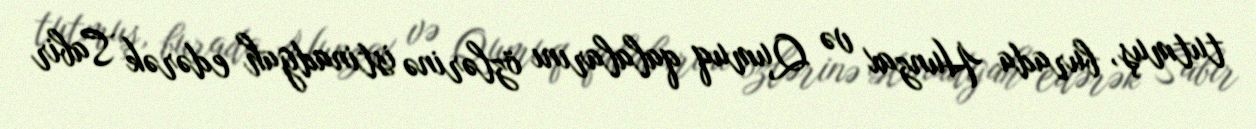
tutmuş, burada Hunzax və Qumuq qalalarını özlərinə istinadgah edərək Sabir